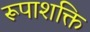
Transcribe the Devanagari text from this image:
रूपाशक्ति